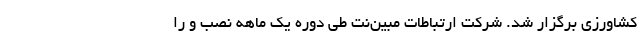
کشاورزی برگزار شد. شرکت ارتباطات مبین‌نت طی دوره یک ماهه نصب و را